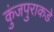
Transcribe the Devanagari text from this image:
कुंजपुराकडे